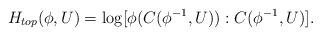
LaTeX: \begin{align*}H_{top}(\phi,U)=\log[\phi(C(\phi^{-1},U)):C(\phi^{-1},U)].\end{align*}